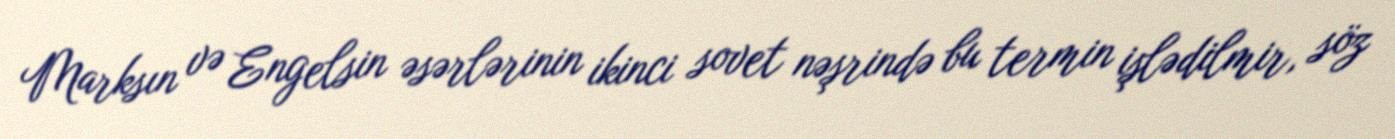
Marksın və Engelsin əsərlərinin ikinci sovet nəşrində bu termin işlədilmir, söz